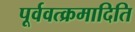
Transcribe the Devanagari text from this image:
पूर्ववत्क्रमादिति